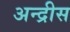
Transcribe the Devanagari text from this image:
अन्द्रीस